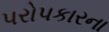
પરોપકારના